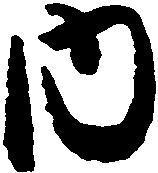
内